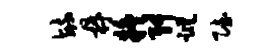
毓鼎疑舛踪赋